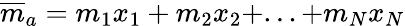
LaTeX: {\overline{{m}}}_{a}=m_{1}x_{1}+m_{2}x_{2}+...+m_{N}x_{N}